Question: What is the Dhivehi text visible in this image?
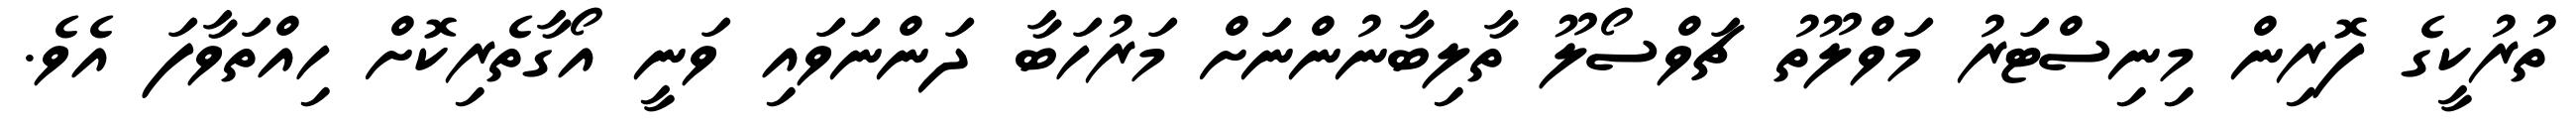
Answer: ތުރުކީގެ ފޮރިން މިނިސްޓަރު މަވްލޫތު ޗަވްސޯލޫ ތާލިބާނުންނަށް މަރުހަބާ ދަންނަވައި ވަނީ އޯގާތެރިކޮށް ހިއްތަވާފަ އެވެ.